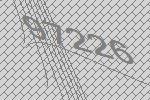
97226